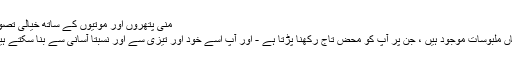
منی پتھروں اور موتیوں کے ساتھ خیالی تصور
یہاں ملبوسات موجود ہیں ، جن پر آپ کو محض تاج رکھنا پڑتا ہے - اور آپ اسے خود اور تیزی سے اور نسبتا آسانی سے بنا سکتے ہیں۔